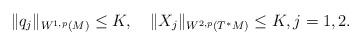
LaTeX: \begin{align*}\|q_j\|_{W^{1,p}(M)}\leq K, \quad\|X_j\|_{W^{2,p}(T^*M)}\leq K,j=1,2.\end{align*}